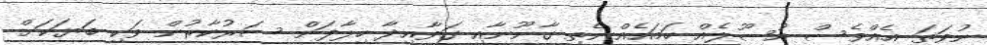
ނުވަތަ އެއްވެސް އުސޫލެއް ހަމައެއްނެތި ގާނޫނާއި ގަވާއިދާ ހިލާފަށް ސަރުކާރުން ވަކި ބަޔަކަށް